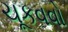
ચૂકવવો